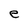
Character: e